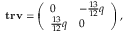
\mathbf { t r v } = \left( \begin{array} { l l } { 0 } & { - \frac { 1 3 } { 1 2 } q } \\ { \frac { 1 3 } { 1 2 } q } & { 0 } \end{array} \right) ,